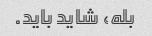
بله، شاید باید.